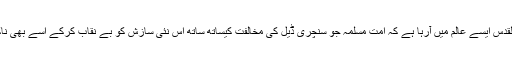
اس بار یوم القدس ایسے عالم میں آرہا ہے کہ امت مسلمہ جو سنچری ڈیل کی مخالفت کیساتھ ساتھ اس نئی سازش کو بے نقاب کرکے اسے بھی ناکام بنانا ہے۔